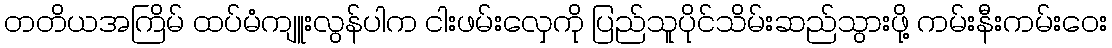
တတိယအကြိမ် ထပ်မံကျူးလွန်ပါက ငါးဖမ်းလှေကို ပြည်သူပိုင်သိမ်းဆည်သွားဖို့ ကမ်းနီးကမ်းဝေး